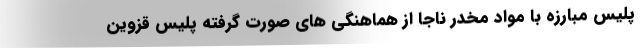
پلیس مبارزه با مواد مخدر ناجا از هماهنگی های صورت گرفته پلیس قزوین